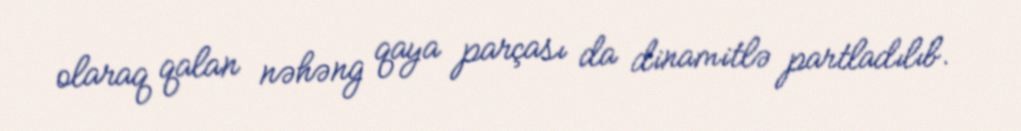
olaraq qalan nəhəng qaya parçası da dinamitlə partladılıb.